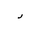
Letter: _ra